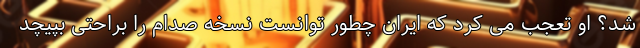
شد؟ او تعجب می کرد که ایران چطور توانست نسخه صدام را براحتی بپیچد